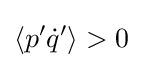
\langle p'{\dot {q}}'\rangle >0